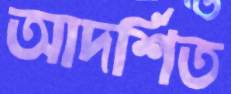
আদর্শিত